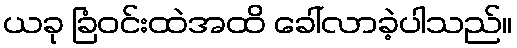
ယခု ခြံဝင်းထဲအထိ ခေါ်လာခဲ့ပါသည်။